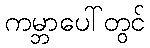
ကမ္ဘာပေါ်တွင်